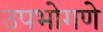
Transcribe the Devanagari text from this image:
उपभोगणे